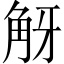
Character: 𧣐